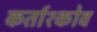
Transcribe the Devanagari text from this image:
कर्ताश्कोव